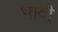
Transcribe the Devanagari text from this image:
भादी